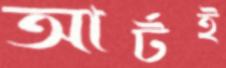
আর্টই